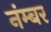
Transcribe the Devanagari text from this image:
नंम्बर